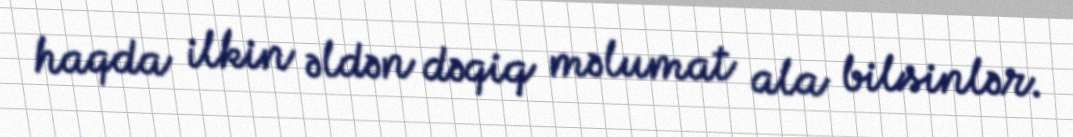
haqda ilkin əldən dəqiq məlumat ala bilsinlər.